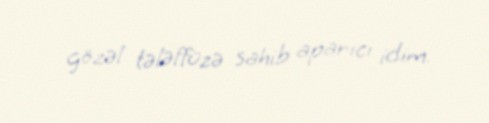
gözəl tələffüzə sahib aparıcı idim.